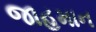
જાહમાન